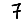
Digit: 7